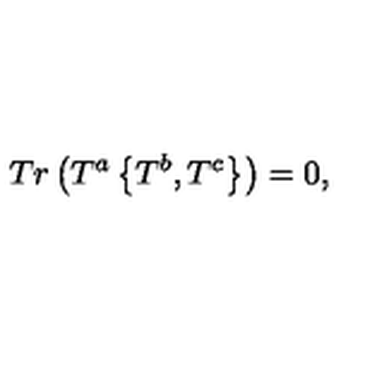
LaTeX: T r \left( T ^ { a } \left\{ T ^ { b } , T ^ { c } \right\} \right) = 0 ,